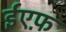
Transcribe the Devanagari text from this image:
ईएफ़